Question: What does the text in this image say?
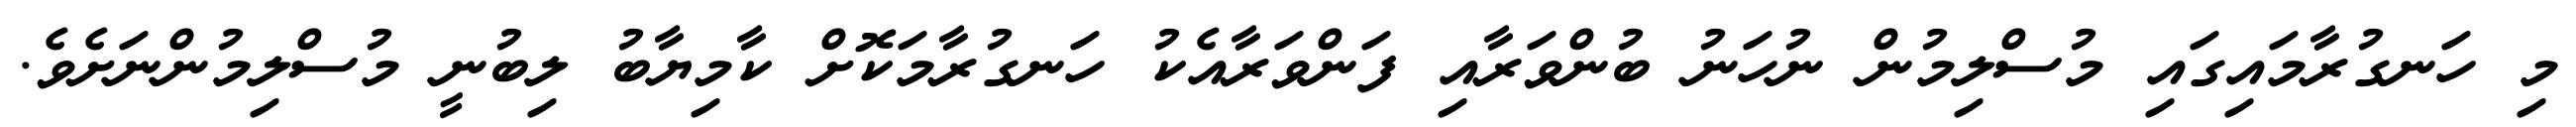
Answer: މި ހަނގުރާމައިގައި މުސްލިމުން ނުހަނު ބުންވަރާއި ފަންވަރާއެކު ހަނގުރާމަކޮށް ކާމިޔާބު ލިބުނީ މުސްލިމުންނަށެވެ.